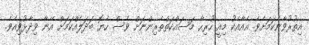
އިތުުރުވާނެކަމަށެވެ. އެއާއެކު މިއީ ހުރިހާ މަސައްކަތްތެރިންނަށް ވެސް ހެޔޮ ބަދަލެއްކަމަށް އޭނާ ވިދާޅުވިއެވެ.